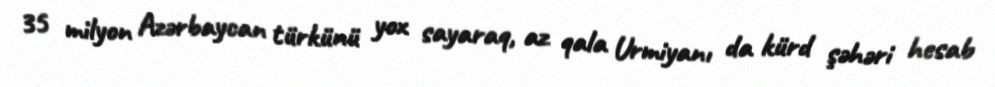
35 milyon Azərbaycan türkünü yox sayaraq, az qala Urmiyanı da kürd şəhəri hesab